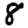
Digit: 8